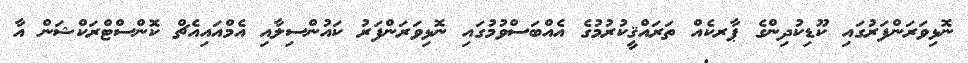
ނޮޅިވަރަންފަރުގައި ކޫޑިކުދިންގެ ޕާރކެއް ތަރައްޤީކުރުމުގެ އެއްބަސްވުމުގައި ނޮޅިވަރަންފަރު ކައުންސިލާއި އެމްއައިއެޗް ކޮންސްޓްރަކްޝަން އާ